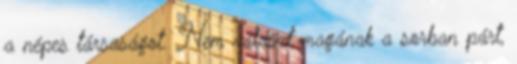
a népes társaságot. Nem választ magának a sorban párt,